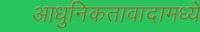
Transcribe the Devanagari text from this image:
आधुनिकतावादामध्ये